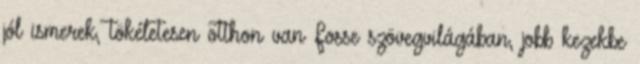
jól ismerek, tökéletesen otthon van Fosse szövegvilágában, jobb kezekbe